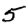
Digit: 5